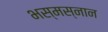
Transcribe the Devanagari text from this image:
भस्मस्नान